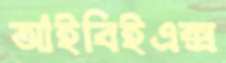
আইবিইএক্স